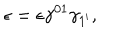
\epsilon = \epsilon \gamma ^ { 0 1 } \gamma _ { 1 ^ { \prime } } ,